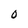
Character: 0